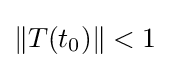
\|T(t_{0})\|<1